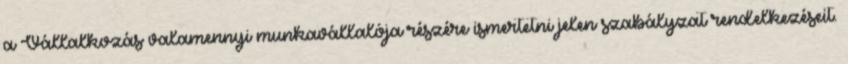
a Vállalkozás valamennyi munkavállalója részére ismertetni jelen szabályzat rendelkezéseit.